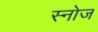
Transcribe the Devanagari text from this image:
स्नोज